Code of medical and sanitary regulations for the guidance of medical officers serving in the Madras Presidency - Volume II
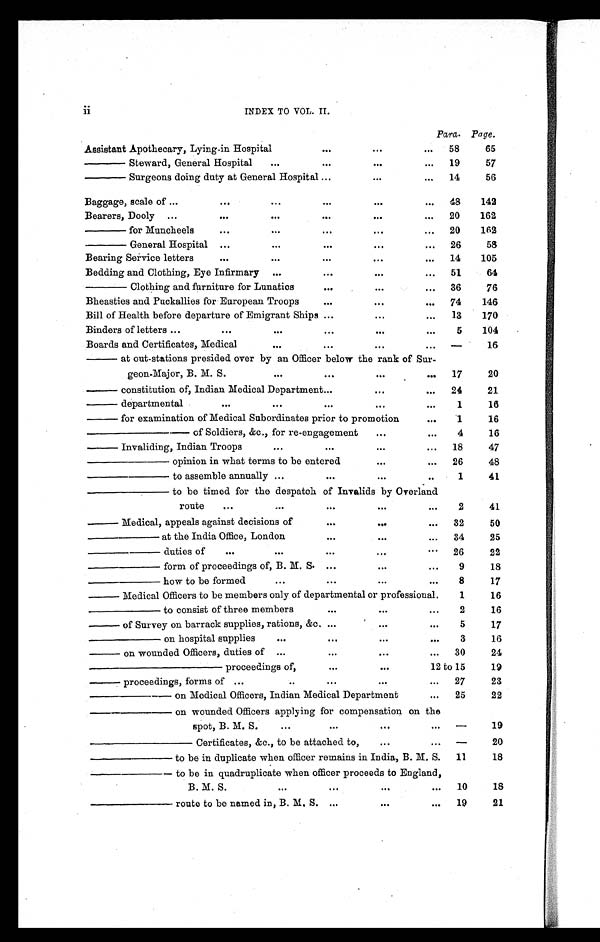
ii INDEX TO VOL. II.
Para. Page.
Assistant Apothecary, Lying-in Hospital
...
...
...
58
65
—— Steward, General Hospital
...
...
...
...
19
57
—— Surgeons doing duty at General Hospital ...
. . .
...
14
56
Baggage, scale of ...
. . . ...
...
...
...
48
142
Bearers, Dooly ...
. . . ...
...
...
...
20
162
—— for Muncheels
. . . ...
...
...
...
20
162
— — G e n e r a l H o s p i t a l
. . . ...
...
...
...
26
58
Bearing Service letters
. . . ...
...
. . .
...
14
105
Bedding and Clothing, Eye Infirmary ...
...
. . .
...
51
64
—— Clothing and furniture for Lunatics
...
. . .
...
36
76
Bheasties and Puckallies for European Troops
...
...
...
74
146
Bill of Health before departure of Emigrant Ships ...
...
...
13
170
Binders of letters ...
. . .
...
...
. . .
...
5
104
Boards and Certificates, Medical
...
...
. . .
...
—
16
— at out-stations presided over by an Officer below the rank of Sur-
geon-Major, B. M. S.
...
...
. . .
...
17
20
— c o n s t i t u t i o n o f , I n d i a n M e d i c a l D e p a r t m e n t
...
...
...
24
21
— departmental
. . . ...
...
...
...
1
16
— for examination of Medical Subordinates prior to promotion
...
1
16
————— of Soldiers, &c., for re-engagement
...
...
4
16
— Invaliding, Indian Troops
...
...
. . .
...
18
47
———— opinion in what terms to be entered
. . .
...
26
48
———— to assemble annually ...
...
. . .
...
1
41
———— to be timed for the despatch of Invalids by Overland
route
. . . ...
...
. . .
...
2
41
— Medical, appeals against decisions of
...
...
...
32
50
——— at the India Office, London
...
. . .
...
34
25
——— duties of
...
...
...
. . .
...
26
22
——— form of proceedings of, B. M. S. ...
...
...
9
18
——— how to be formed
. . .
...
. . .
...
8
17
— Medical Officers to be members only of departmental or professional.
1
16
——— to consist of three members
. . .
. . .
...
2
16
— o f S u r v e y o n b a r r a c k s u p p l i e s , r a t i o n s , & c . ...
. . .
...
5
17
——— on hospital supplies
. . .
...
. . .
...
3
16
— on wounded Officers, duties of ...
. . .
. . .
...
30
24
—————— proceedings of,
. . .
...
12 to 15
19
— p r o c e e d i n g s , f o r m s o f ...
..
...
. . .
...
27
23
———— on Medical Officers, Indian Medical Department
...
25
22
— — — — o n w o u n d e d O f f i c e r s a p p l y i n g f o r c o m p e n s a t i o n o n t h e
spot, B. M. S
. . .
...
...
...
—
19
————— Certificates, &c., to be attached to,
. . .
...
—
20
———— to be in duplicate when officer remains in India, B. M. S.
11
18
———— to be in quadruplicate when officer proceeds to England,
B. M. S.
. . .
. . .
. . .
. . .
10
18
———— route to be named in, B. M. S. ...
...
...
19
21